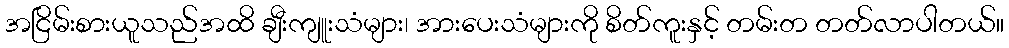
အငြိမ်းစားယူသည်အထိ ချီးကျူးသံများ၊ အားပေးသံများကို စိတ်ကူးနှင့် တမ်းတ တတ်လာပါတယ်။